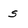
Character: s